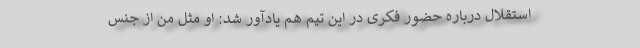
استقلال درباره حضور فکری در این تیم هم یادآور شد: او مثل من از جنس